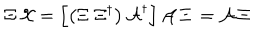
LaTeX: \Xi \, { \cal X } = \left[ \left( \Xi \; \Xi ^ { \dagger } \right) { \cal A } ^ { \dagger } \right] { \cal A } \, \Xi \, = { \cal A } \, \Xi